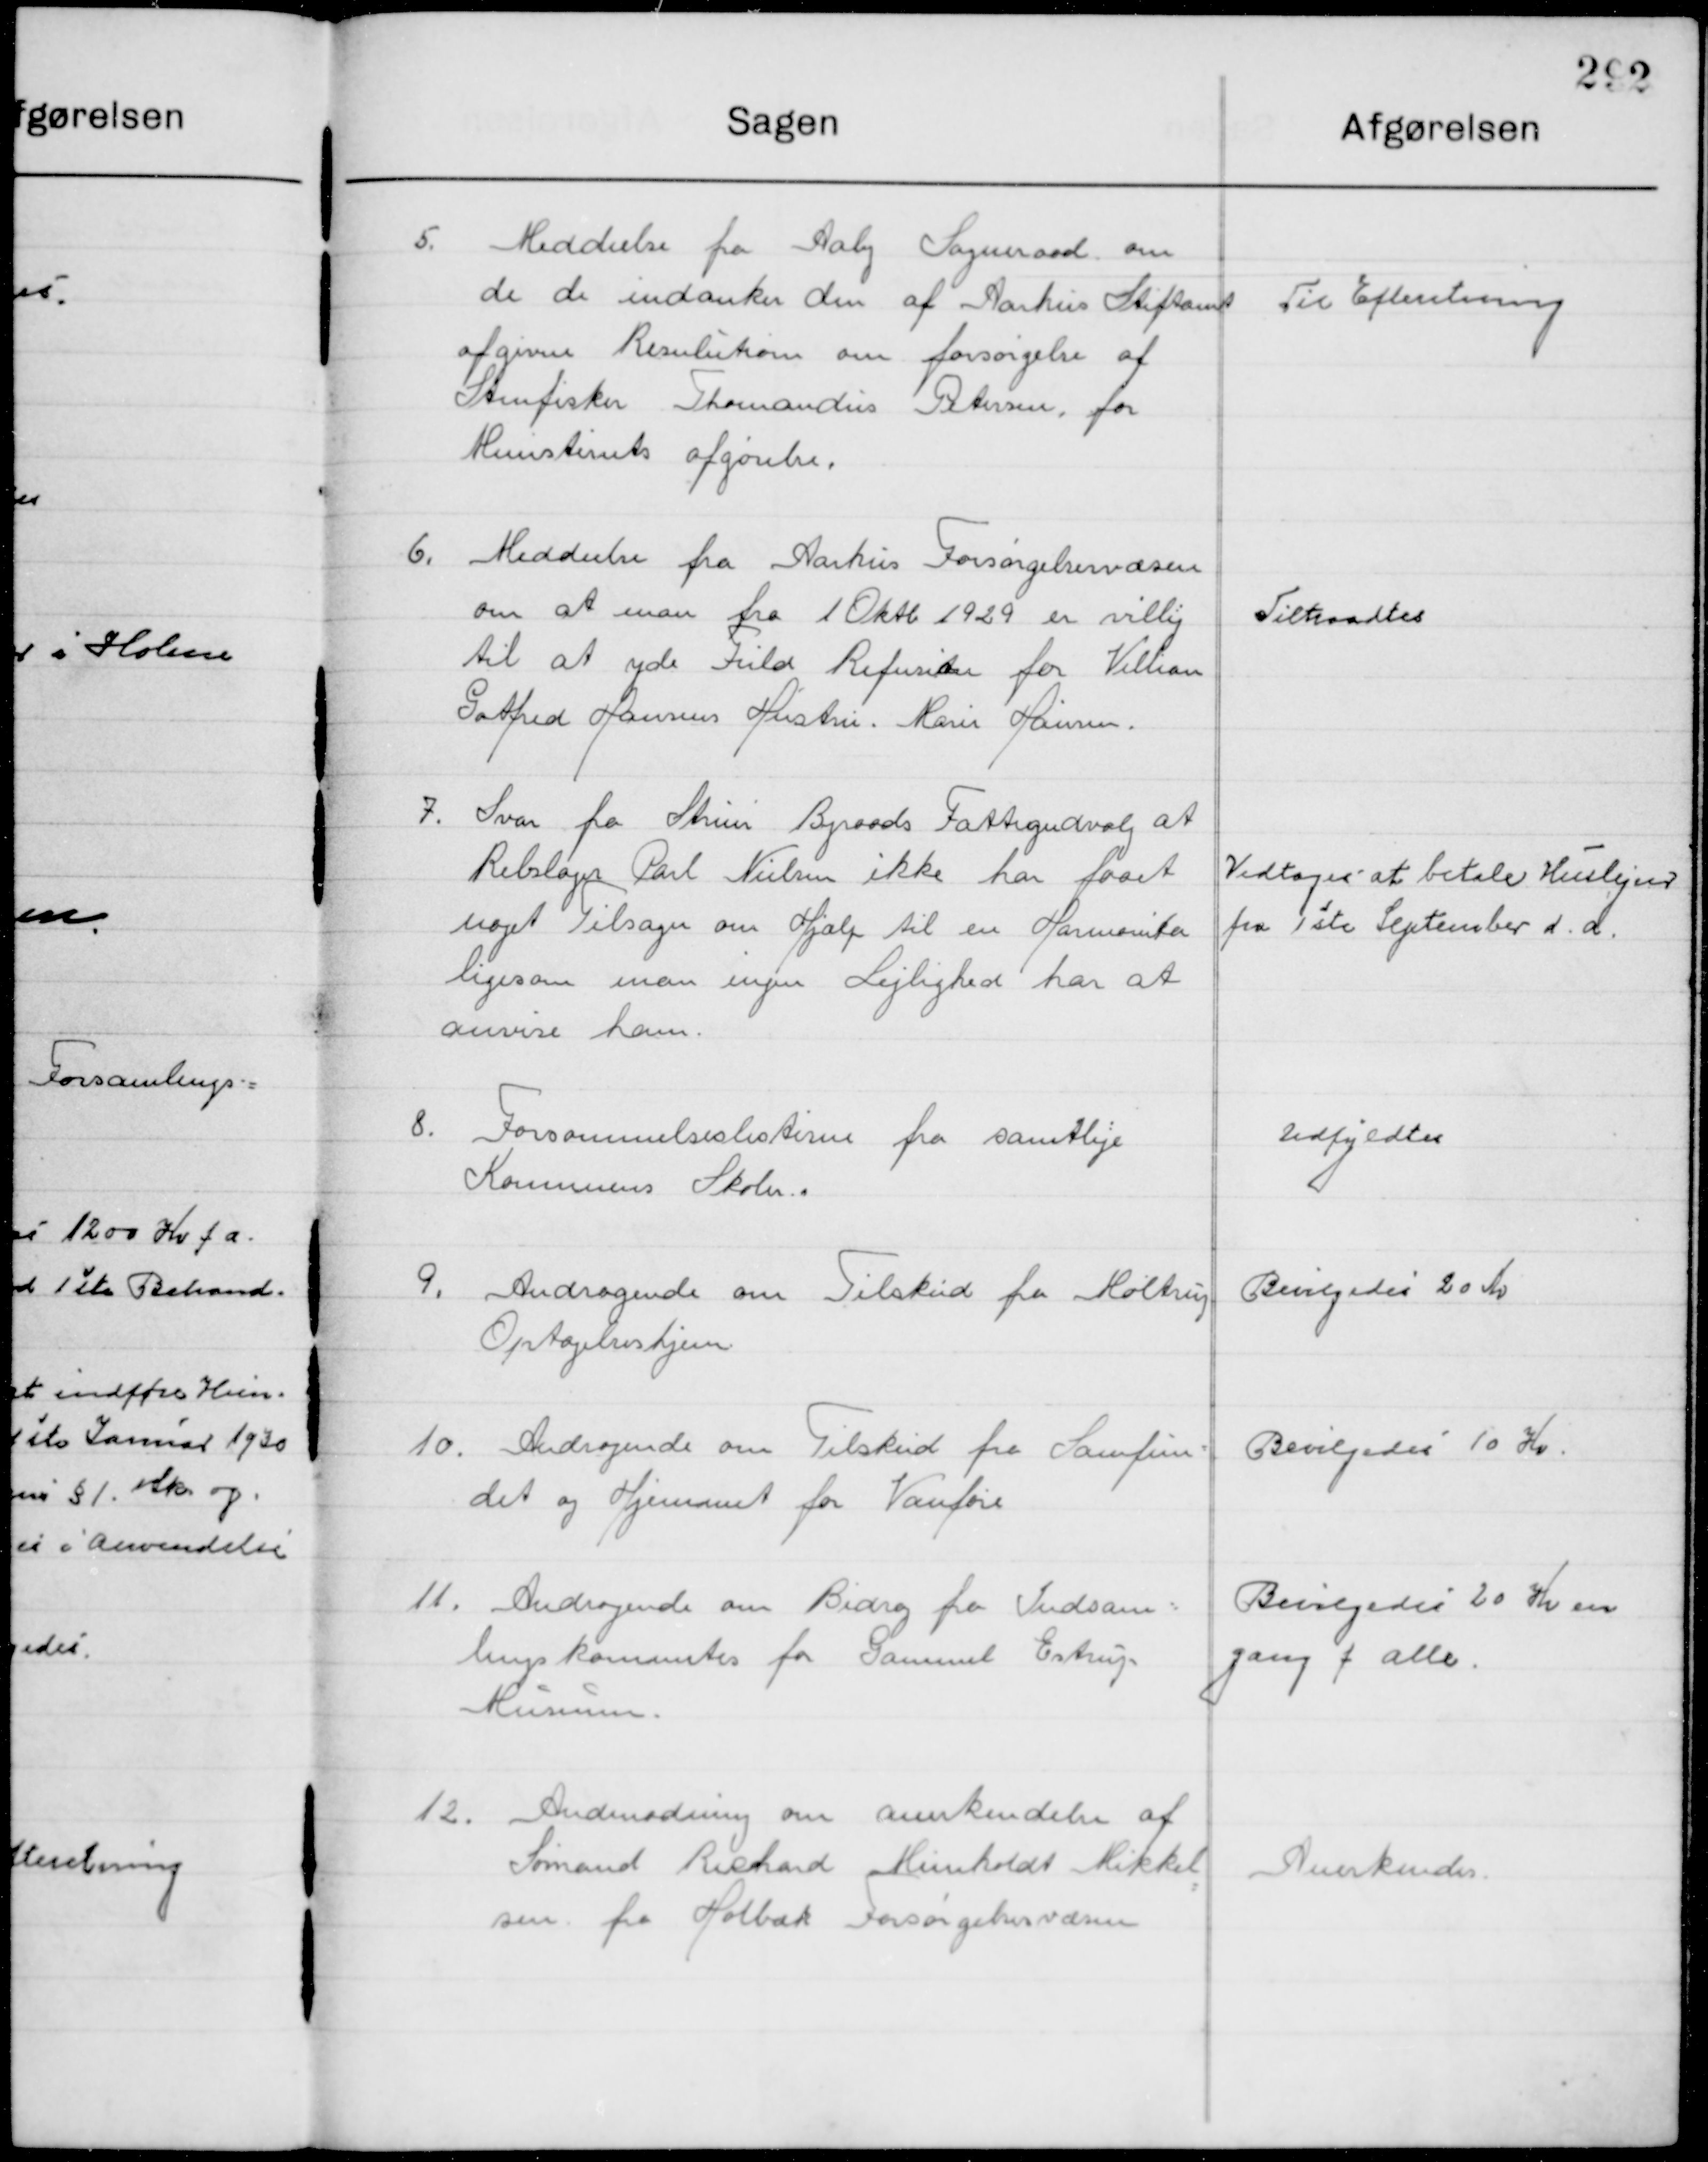
Transskription:
5

Meddelelse fra Aaby Sogneraad om
de de indanker den af Aarhus Stiftsamt 
afgivne Resolution om forsørgelse af
Stenfisker Thomandus Petersen, for 
Ministeriets afgørelse

Til Efterretning

6

Meddelelse fra Aarhus forsørgelsesvæsen
om at man fra 1 Oktb. 1929 er villig
til at yde Fuld Refusion for Villiam
Gotfred Hansens Hustru, Karin Hansen

Tiltraadtes

7

Svar fra Struer Byraads Fattigudvalg at
Rebslager Parl Nielsen ikke har faaet   
noget Tilsagn om hjælp til en Harmonika
ligesom man ingen Lejlighed har at 
anvise ham.

Vedtoges at betale Huslejen
fra 1ste September d. A.

8

Forsømmelseslisterne fra samtlige 
Kommunens Skoler

Udfyldtes

9

Andragende om Tilskud fra Haltrup 
Optagelseshjem.

Bevilgedes 20 Kr.

10

Andragende om Tilskud fra Samfun-
det og Hjemmet for Vanføre

Bevilgedes 10 Kr.

11

Andragende om Bidrag fra Indsam-
lingskommite for Gammel Estrup
Museum.

Bevilgedes 20 Kr. en 
gang f. alle

12

Anmodning om anerkendelse af
Sømand Richard Minholdt Mikkel-
sen fra Holbæk Forsørgelsesvæsen

Anerkendes